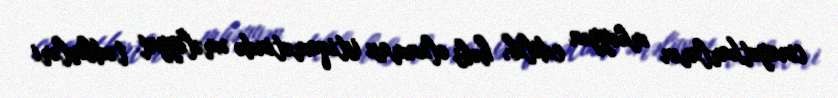
cinayətkarların müəyyən edilib, həbs olunması istiqamətində əməliyyat tədbirləri